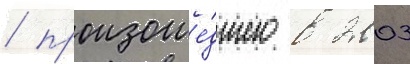
/ произоше́дшего в 2003